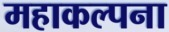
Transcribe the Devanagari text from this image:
महाकल्पना